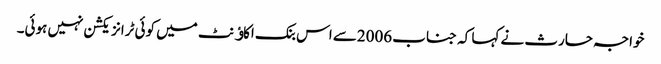
خواجہ حارث نے کہا کہ جناب 2006سے اس بنک اکاﺅنٹ میں کوئی ٹرانزیکشن نہیں ہوئی۔